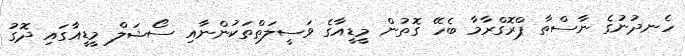
ހެނދުނުގެ ނާސްތާ ޕްރޮގްރާމާ ބެހޭ ގޮތުން މީޑީއާގެ ވަސީލަތްތަކުންނާއި ސޯޝަލް މީޑީއާގައި ދޮގު